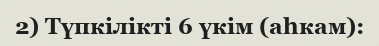
2) Түпкілікті 6 үкім (аһкам):